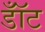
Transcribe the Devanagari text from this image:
डॉँट